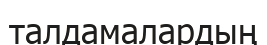
талдамалардың